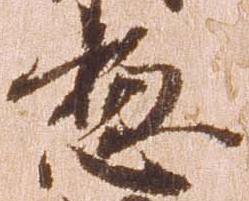
惣